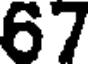
67